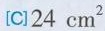
[C]24cm^{2}